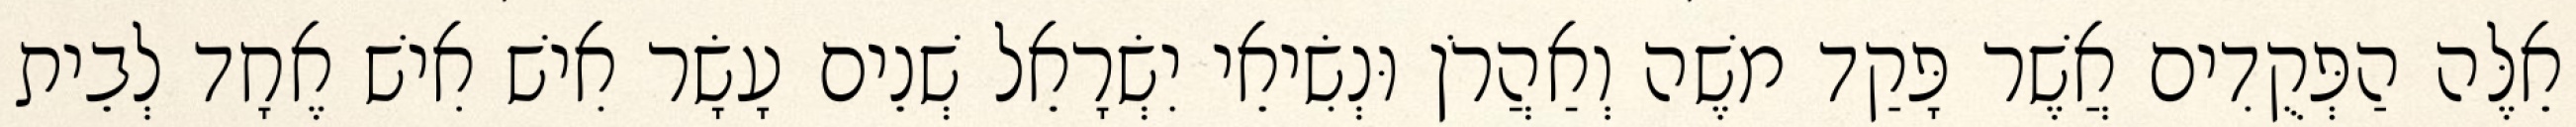
אֵלֶּה הַפְּקֻדִים אֲשֶׁר פָּקַד משֶׁה וְאַהֲרֹן וּנְשִׂיאֵי יִשְׂרָאֵל שְׁנֵים עָשָׂר אִישׁ אִישׁ אֶחָד לְבֵית